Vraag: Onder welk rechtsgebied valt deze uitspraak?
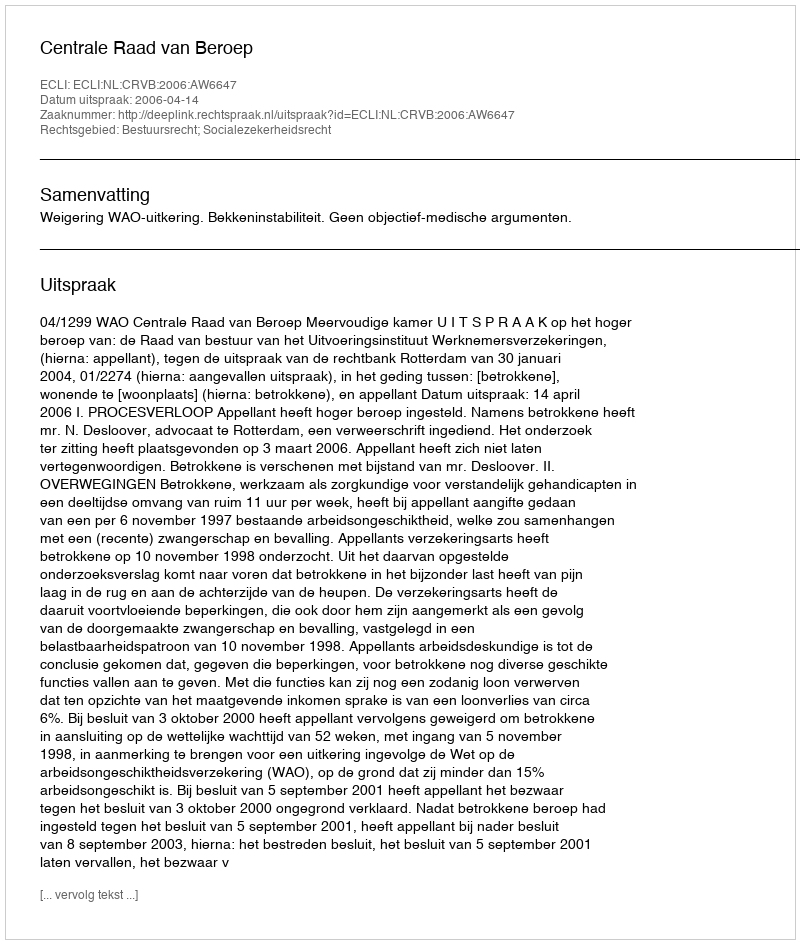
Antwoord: Bestuursrecht; Socialezekerheidsrecht